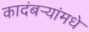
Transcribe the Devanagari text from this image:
कादंबर्‍यांमधे